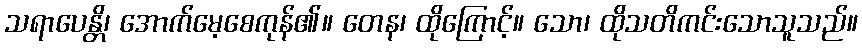
သရာပေန္တိ၊ အောက်မေ့စေကုန်၏။ တေန၊ ထိုကြောင့်။ သော၊ ထိုသတိကင်းသောသူသည်။